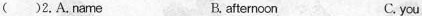
( )2. A. Name B. afternoon C. you